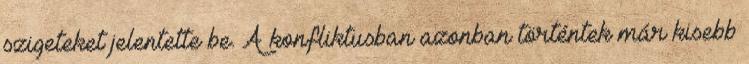
szigeteket jelentette be. A konfliktusban azonban történtek már kisebb